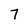
Character: 7